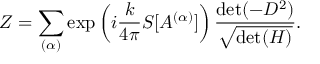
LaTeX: Z = \sum _ { ( \alpha ) } \exp \left( i \frac { k } { 4 \pi } S [ A ^ { ( \alpha ) } ] \right) \frac { \mathrm { d e t } ( - D ^ { 2 } ) } { \sqrt { \mathrm { d e t } ( H ) } } .